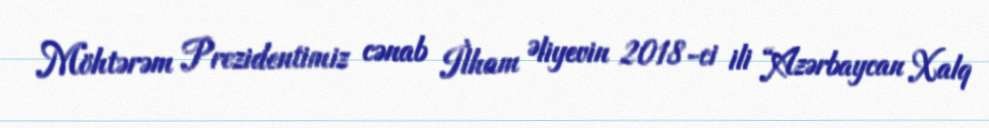
Möhtərəm Prezidentimiz cənab İlham Əliyevin 2018-ci ili “Azərbaycan Xalq